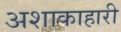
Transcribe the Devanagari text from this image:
अशाकाहारी